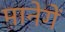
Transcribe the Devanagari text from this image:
मानेगें